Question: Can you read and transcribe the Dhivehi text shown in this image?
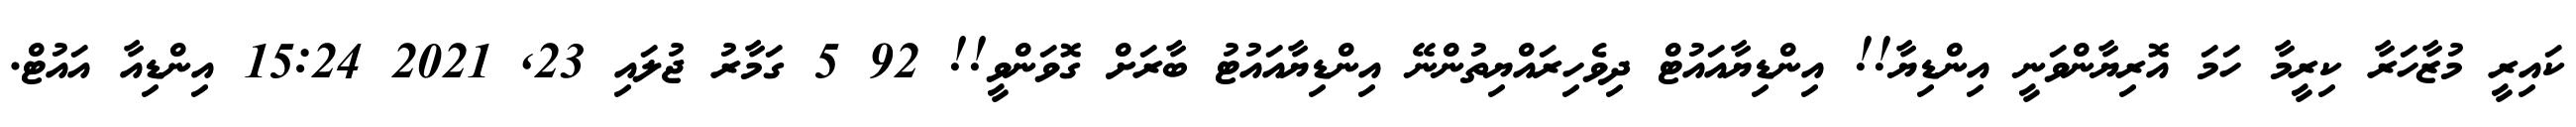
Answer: ކައިރީ މުޒާހަރާ ކިރީމާ ހަމަ އޮރިޔާންވަނީ އިންޑިޔާ!! އިންޑިޔާއައުޓް ދިވެހިރައްޔިތުންނޭ އިންޑިޔާއައުޓު ބާރަށް ގޮވަންވީ!! 92 5 ގަމާރު ޖުލައި 23, 2021 15:24 އިންޑިއާ އައުޓް.